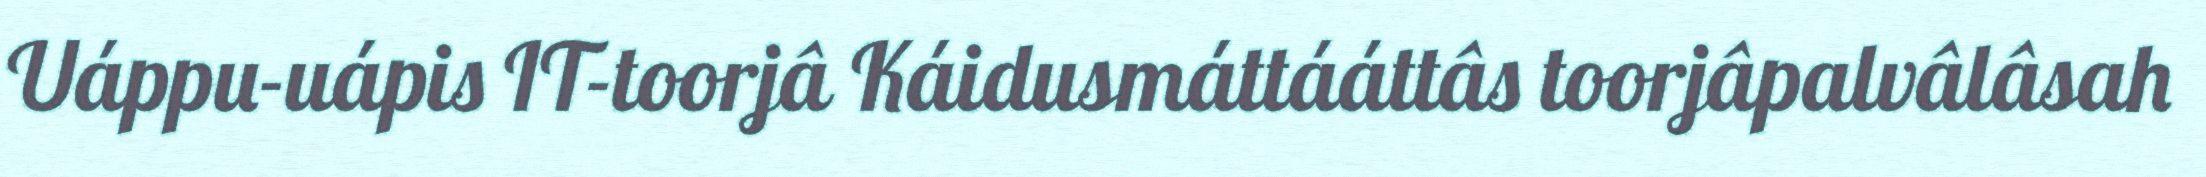
Uáppu-uápis IT-toorjâ Káidusmáttááttâs toorjâpalvâlâsah